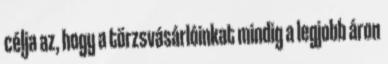
célja az, hogy a törzsvásárlóinkat mindig a legjobb áron